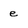
Character: e